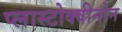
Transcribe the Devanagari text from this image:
प्लास्टोक्वीनोन